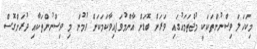
މިކަހަލަ ވިސްނުންތަކަކީ މުޖްތަމައުގައި ވަރަށް ބޮޑަށް އާންމުވަފއިވާކަމަކަށް ވުމުން މި ވިސްނުންތަކާއި ދުރަށްގޮސް